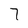
Character: 7